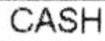
CASH